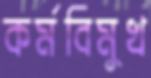
কর্মবিমুখ